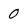
Character: 0